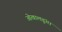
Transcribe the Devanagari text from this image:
ओखालढुंगा